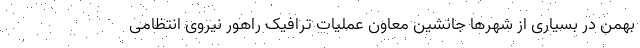
بهمن در بسیاری از شهرها جانشین معاون عملیات ترافیک راهور نیروی انتظامی